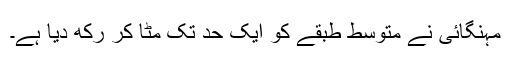
مہنگائی نے متوسط طبقے کو ایک حد تک مٹا کر رکھ دیا ہے۔